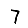
Digit: 7